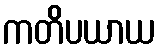
ကတိပယာယ